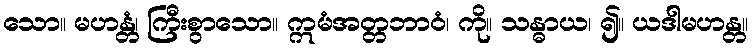
သော။ မဟန္တံ၊ ကြီးစွာသော။ ဣမံအတ္တဘာဝံ၊ ကို။ သန္ဓာယ၊ ၍။ ယဒါမဟန္တ။